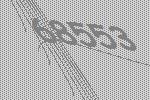
68553